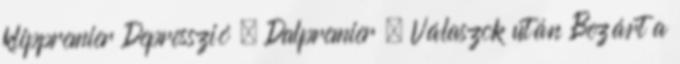
klippremier Depresszió – Dalpremier – Válaszok után Bezárt a